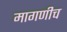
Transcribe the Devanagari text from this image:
मागणीच